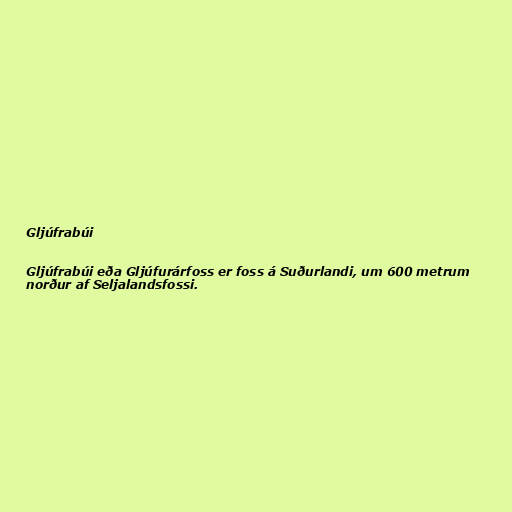
Gljúfrabúi

Gljúfrabúi eða Gljúfurárfoss er foss á Suðurlandi, um 600 metrum
norður af Seljalandsfossi.